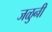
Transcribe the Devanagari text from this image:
जळुनी